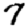
Digit: 7